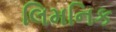
લિમનિક